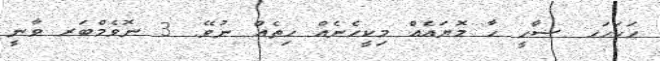
ހަހަހަހ ޟާހީ ހާ މޮޔައެއް މިކީހެނެއް ހިތެއް ނުވޭ. 3 ނޮވެމްބަރ ވާނީ